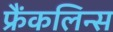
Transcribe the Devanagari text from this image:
फ्रैंकलिन्स